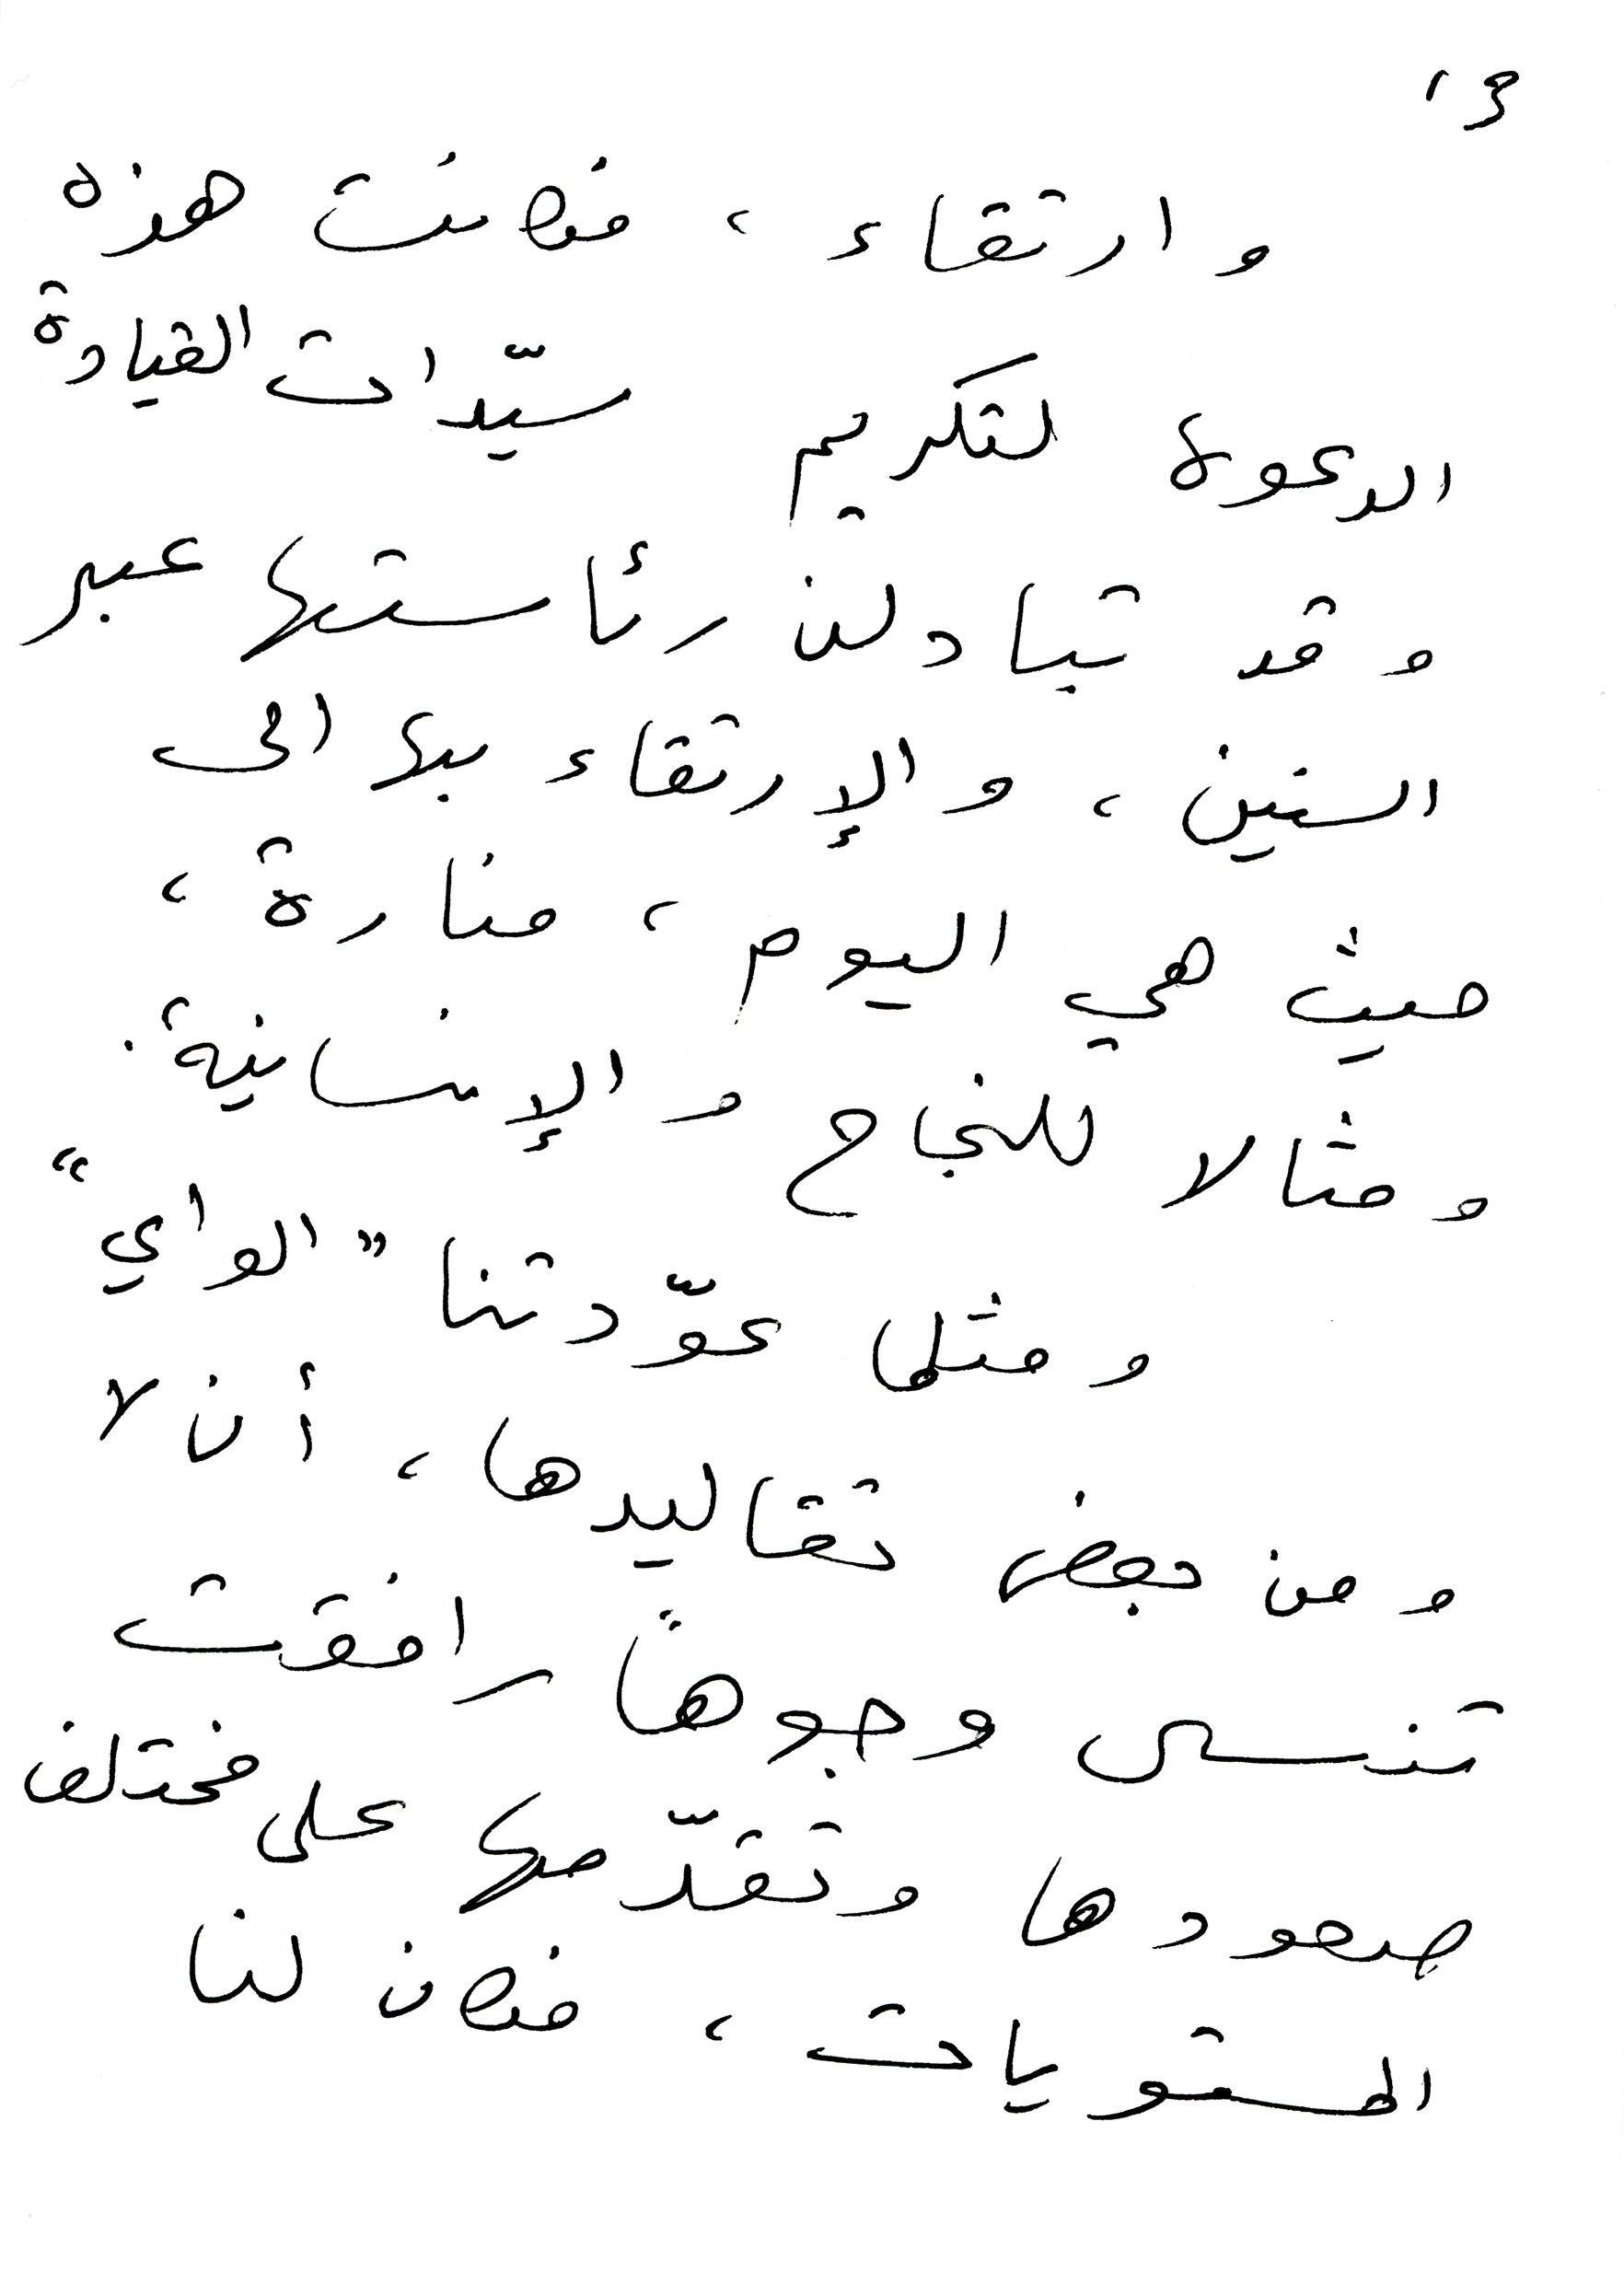
13
وارتقاء ، فكانت هذه
الدعوه لتكريم سيّدات القيادة
وقد تبادلن رئاستها عبر
السنين، والإرتقاء بها الى
حيث هي اليوم ، منارة ،
ومثالا للنجاج والإنسانية.
ومثلما عوّدتنا " الواي "
ومن بعض تقاليدها، أن لا
تنسى وجوهاً رافقت
صعودها وتقدّمها على مختلف
المستويات ، فكان لنا